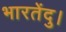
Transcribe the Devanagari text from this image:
भारतेंदु।